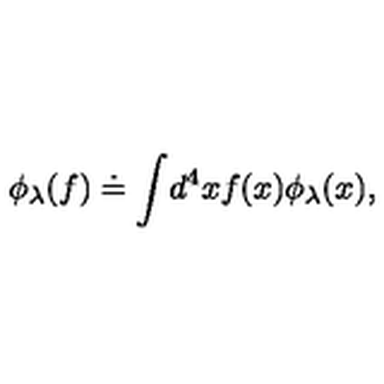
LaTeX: \phi _ { \lambda } ( f ) \doteq \int \! d ^ { 4 } x f ( x ) \phi _ { \lambda } ( x ) ,